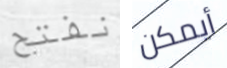
نفتح أيمكن